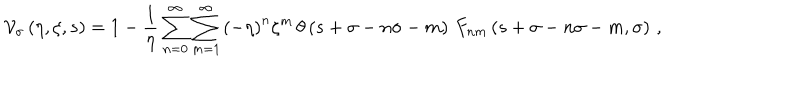
{ \cal V } _ { \sigma } \left( \eta , \zeta , s \right) = 1 - \frac { 1 } { \eta } \sum _ { n = 0 } ^ { \infty } \sum _ { m = 1 } ^ { \infty } \left( - \eta \right) ^ { n } \zeta ^ { m } \, \theta \left( s + \sigma - n \sigma - m \right) \, F _ { n m } \left( s + \sigma - n \sigma - m , \sigma \right) \, ,